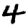
Digit: 4